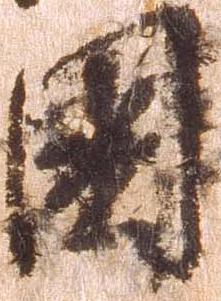
国